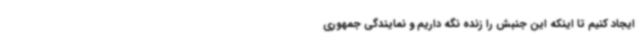
ایجاد کنیم تا اینکه این جنبش را زنده نگه داریم و نمایندگی جمهوری‌